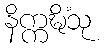
နိက္ကဍ္ဎိံသု